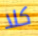
كلا